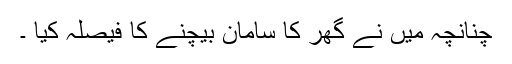
چنانچہ میں نے گھر کا سامان بیچنے کا فیصلہ کیا ۔